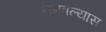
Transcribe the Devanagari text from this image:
नमवल्यास